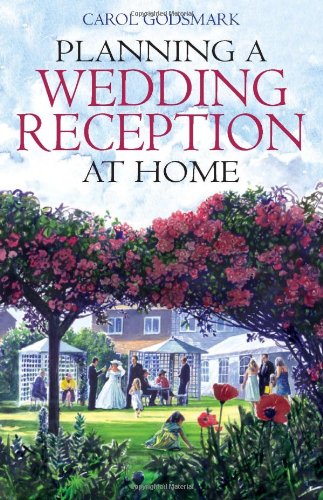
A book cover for Planning a Wedding Reception at Home; Carol Godsmark; Crafts, Hobbies & Home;